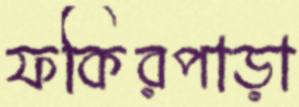
ফকিরপাড়া